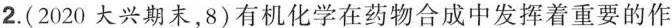
2.(2020大兴期末，8)有机化学在药物合成中发挥着重要的作